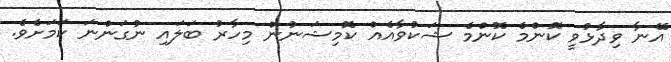
އޭނާ ވިދާޅުވީ ކޮންމެ ކޮންމެ ޝަކުވާއެއް ކޮމިޝަނުން މިހާރު ބަލައި ނުގަންނަ ކަމަށެވެ.